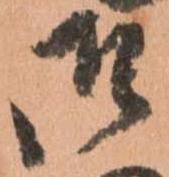
御